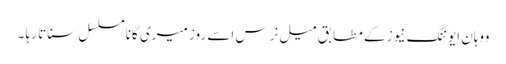
ووہان ایوننگ نیوز کے مطابق میل نرس اسے روز میری گانا مسلسل سناتا رہا ۔